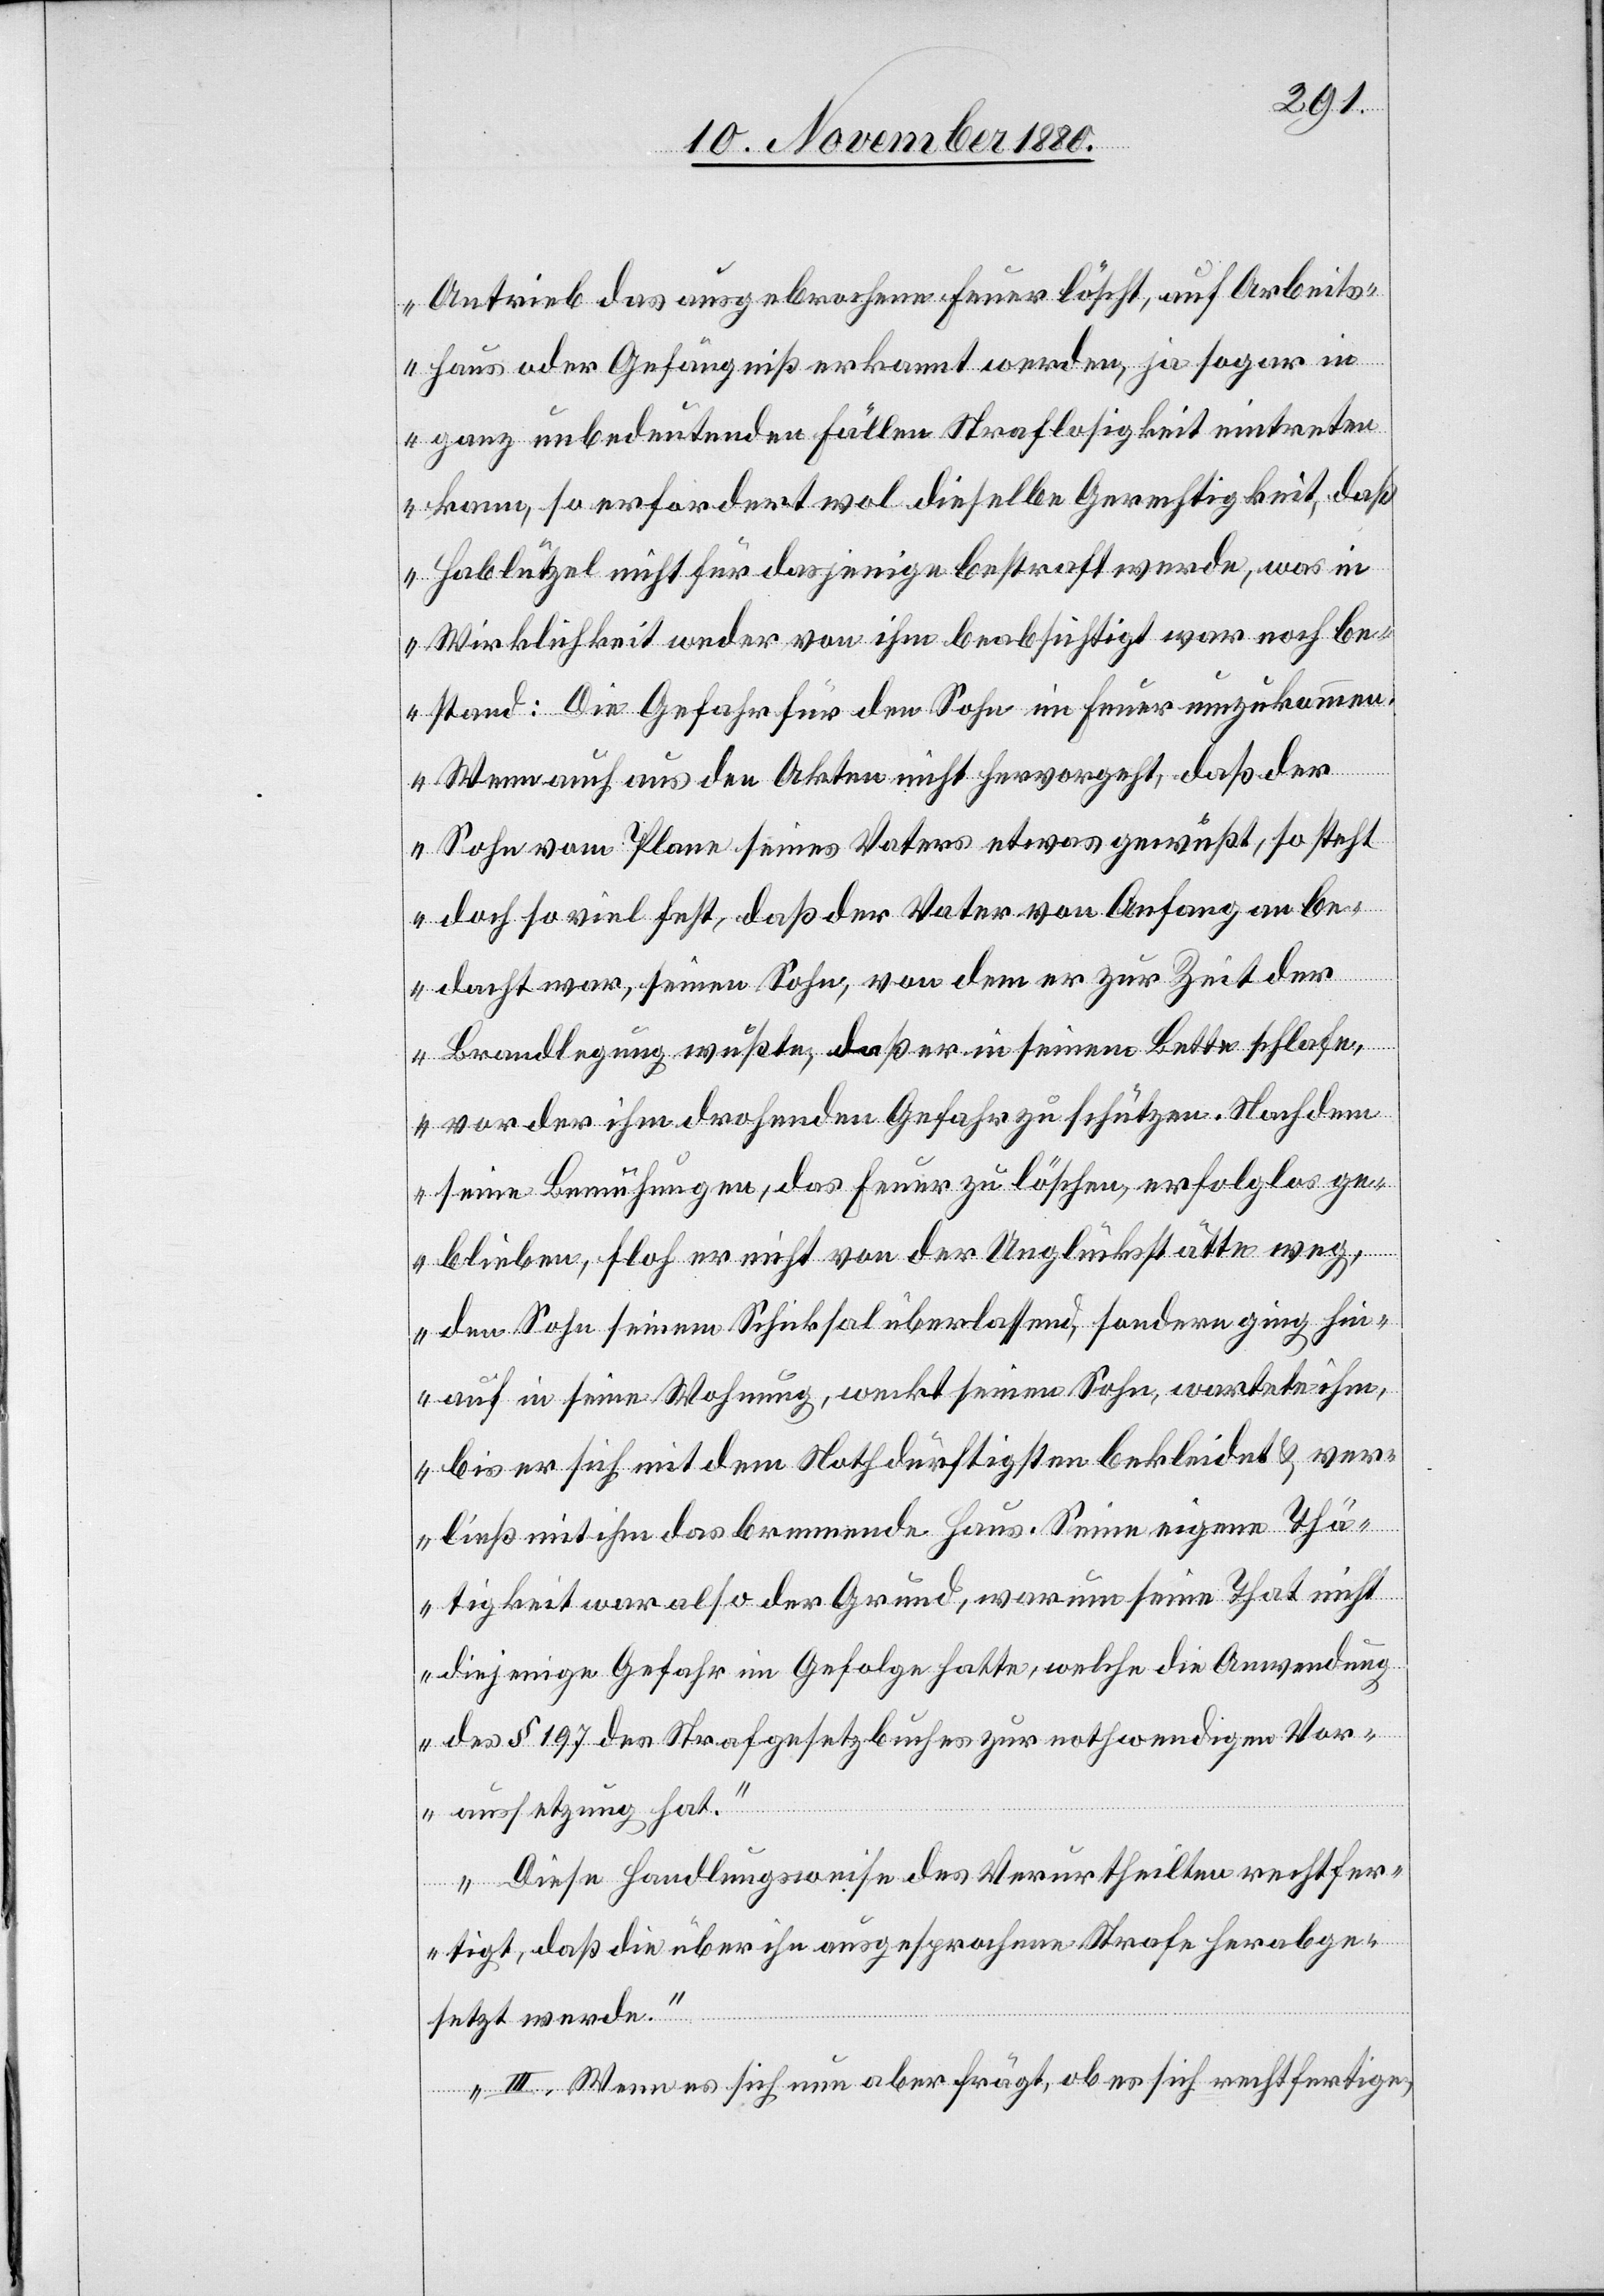
Antrieb das ausgebrochene Feuer löscht, auf Arbeits¬
haus oder Gefängniß erkannt werden, ja sogar in
ganz unbedeutenden Fällen Straflosigkeit eintreten
kann, so erfordert wol dieselbe Gerechtigkeit, da¬
ß Hablützel nicht für dasjenige bestraft werde, was in
Wirklichkeit weder von ihm beabsichtigt war noch be¬
stand: Die Gefahr für den Sohn im Feuer umzukommen.
Wenn auch aus den Akten nicht hervorgeht, daß der
Sohn vom Plane seines Vaters etwas gewußt, so steht
doch so viel fest, daß der Vater von Anfang an be¬
dacht war, seinen Sohn, von dem er zur Zeit der
Brandlegung wußte, daß er in seinem Bette schlafe,
vor der ihm drohenden Gefahr zu schützen. Nachdem
seine Bemühungen, das Feuer zu löschen, erfolglos ge¬
blieben, floh er nicht von der Unglückstätte weg,
den Sohn seinem Schicksal überlassend, sondern ging hin¬
auf in seine Wohnung, weckt seinen Sohn, wartete [mit]
bis er sich mit dem Nothdürftigsten bekleidet & ver¬
ließ mit ihm das brennende Haus. Seine eigenen Thä¬
tigkeit war also der Grund, warum seine That nicht
diejenige Gefahr im Gefolge hatte, welche die Anwendung
des § 179 des Strafgesetzbuches zur nothwendigen Vor¬
aussetzung hat.
Diese Handlungsweise des Verurtheilten rechtfer¬
tigt, daß die über ihn ausgesprochene Strafe herabge¬
setzt werde.
III. Wenn es sich nun aber frägt, ob es sich rechtfertige,